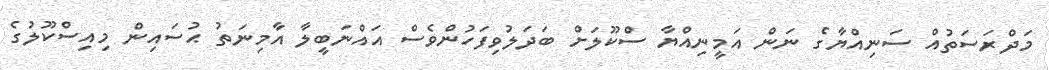
މަދްރަސަތުއް ސަނިއްޔާގެ ނަން އަމީނިއްޔާ ސްކޫލަށް ބަދަލުވިފަހުންވެސް އައްނަބީލާ އާމިނަތު ޙުސައިން މިއިސްކޫލުގެ